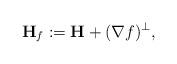
LaTeX: \begin{align*}\mathbf{H}_{f} := \mathbf{H} + (\nabla f) ^{\perp},\end{align*}